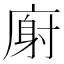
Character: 𫷺